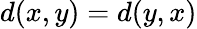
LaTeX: d(x,y)=d(y,x)